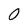
Character: 0